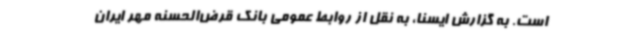
است. به گزارش ایسنا، به نقل از روابط عمومی بانک قرض‌الحسنه مهر ایران